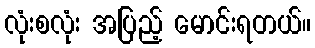
လုံးစလုံး အပြည့် မောင်းရတယ်။